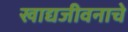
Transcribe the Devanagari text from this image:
खाद्यजीवनाचे